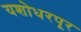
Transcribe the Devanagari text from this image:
यशोधरपूर